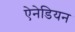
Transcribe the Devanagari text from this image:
ऐनेडियन